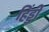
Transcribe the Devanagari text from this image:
हिंड्डी